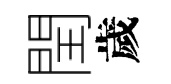
閏歲